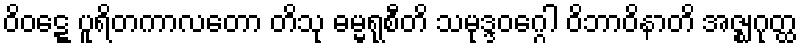
ဝိဝဋ္ဋေ ပူရိတကာလတော တိသု ဓမ္မရုစီတိ သမုဒ္ဒဝဂ္ဂေါ ဝိဘာဝိနာတိ အဇ္ဈဂုတ္ထ